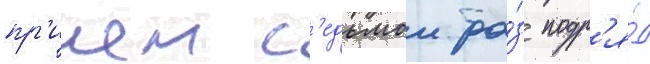
пр'ичем с'едьмои ра́з подр'я́д